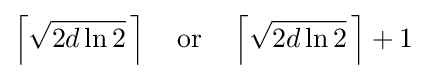
\left\lceil {\sqrt {2d\ln 2}}\,\right\rceil \quad {\text{or}}\quad \left\lceil {\sqrt {2d\ln 2}}\,\right\rceil +1